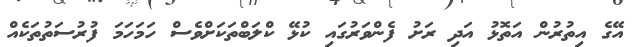
އޭގެ އިތުރުން އަތޮޅު އަދި ރަށު ފެންވަރުގައި ކުޅޭ ކްލަބްތަކަށްވެސް ހަމަހަމަ ފުރުސަތުތަކެއް